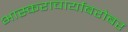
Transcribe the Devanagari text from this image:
भास्कराचार्याबरोबर